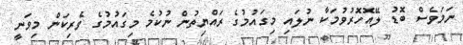
ނަމަވެސް ބޮޑު ލޭއޮހޮރުވުމަކާ ނުލައި މިގައުމުގެ ރައްޔިތުން ނުކުމެ މިގައުމުގެ ވެރިކަން މިވަނީ